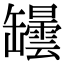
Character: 罎